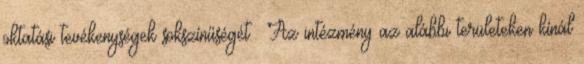
oktatási tevékenységek sokszínűségét. Az intézmény az alábbi területeken kínál